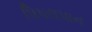
પિપલપાન